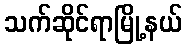
သက်ဆိုင်ရာမြို့နယ်